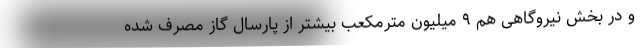
و در بخش نیروگاهی هم ۹ میلیون مترمکعب بیشتر از پارسال گاز مصرف شده